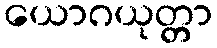
ယောဂယုတ္တာ